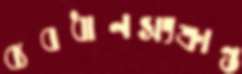
ব্যবধানসংক্রান্ত